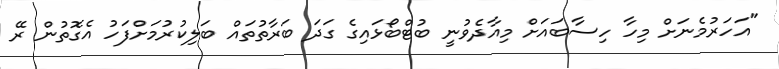
"އަހަރުމެނަށް މިހާ ހިސާބައަށް މިއާދެވުނީ ބުޓްބޯޅައިގެ ގަދަ ބަރާތުތައް ބަލިކުރުމަށްފަހު އެގޮތުން ރޭ